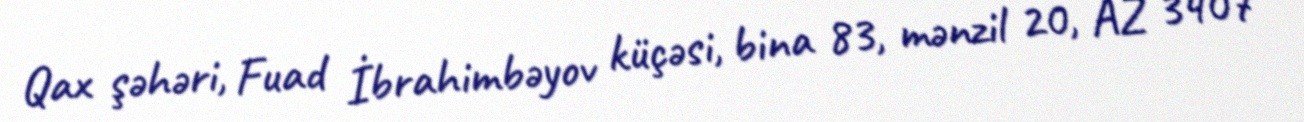
Qax şəhəri, Fuad İbrahimbəyov küçəsi, bina 83, mənzil 20, AZ 3407